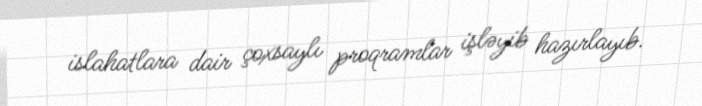
islahatlara dair çoxsaylı proqramlar işləyib hazırlayıb.